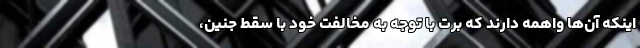
اینکه آن‌ها واهمه دارند که برت با توجه به مخالفت خود با سقط جنین،